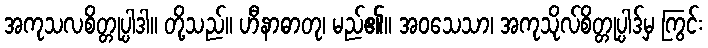
အကုသလစိတ္တုပ္ပါဒါ။ တို့သည်။ ဟီနာဓာတု၊ မည်၏။ အဝသေသာ၊ အကုသိုလ်စိတ္တုပ္ပါဒ်မှ ကြွင်း